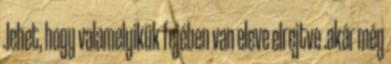
.lehet, hogy valamelyikük fejében van eleve elrejtve .akár még